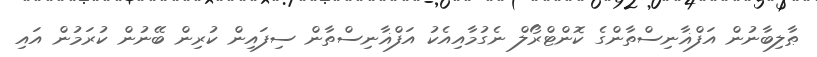
ޠާލިބާނުން އަފްޣާނިސްތާންގެ ކޮންޓްރޯލް ނެގުމާއިއެކު އަފްޣާނިސްތާން ސިފައިން ކުރިން ބޭނުން ކުރަމުން އައި